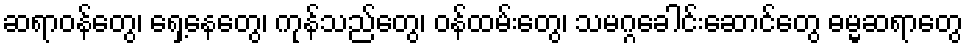
ဆရာဝန်တွေ၊ ရှေ့နေတွေ၊ ကုန်သည်တွေ၊ ဝန်ထမ်းတွေ၊ သမဂ္ဂခေါင်းဆောင်တွေ ဓမ္မဆရာတွေ